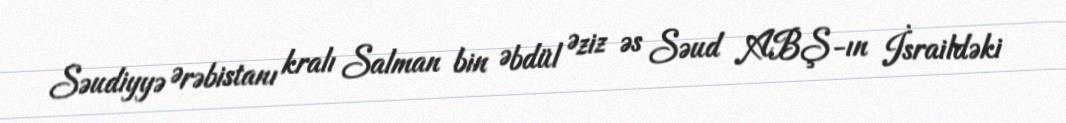
Səudiyyə Ərəbistanı kralı Salman bin Əbdül Əziz əs Səud ABŞ-ın İsraildəki